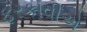
ફરકાવીએ